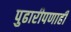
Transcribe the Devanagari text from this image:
पुढारीपणाही